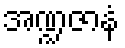
အဏ္ဍဇာနံ